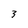
Character: 3